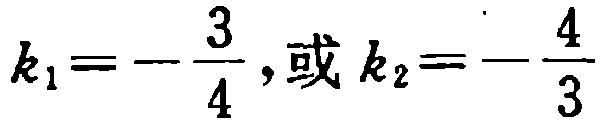
\(k_{1}=-\frac{3}{4},\text{或 }k_{2}=-\frac{4}{3}\)